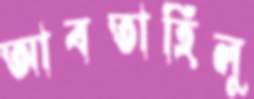
আবতাহিলু